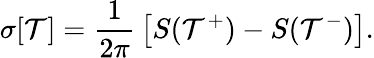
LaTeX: \sigma[\mathcal{T}]={\frac{{1}}{{2\pi}}}\left[S(\mathcal{T}^{+})-S(\mathcal{T}^{-})\right].